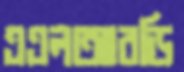
এএলআরডি